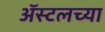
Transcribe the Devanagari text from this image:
ॲस्टलच्या